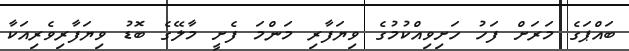
ބައްޕަގެ މަރަށް ފަހު ހަށިވިއްކުމުގެ ވިޔަފާރި މަންމަ ފެށީ މާލޭގެ ބޮޑު ވިޔަފާރިވެރިއަކާ